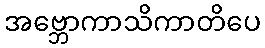
အဗ္ဘောကာသိကာတိပေ